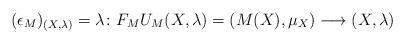
LaTeX: \begin{align*}(\epsilon_M)_{(X, \lambda)}=\lambda\colon F_MU_M(X, \lambda)=(M(X), \mu_X)\longrightarrow (X, \lambda)\end{align*}